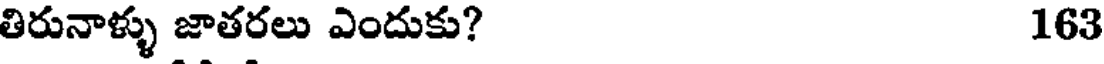
తిరునాళ్ళు జాతరలు ఎందుకు? 163